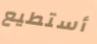
أستطيع